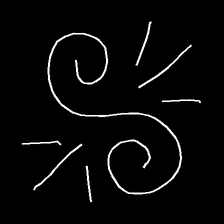
Glyph: wind-directs-air